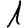
Digit: 1